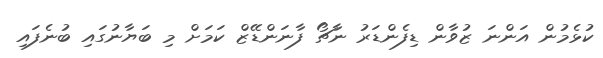
ކުޅެމުން އަންނަ ޒުވާން ޑިފެންޑަރު ނާޗޯ ފާނަންޑޭޒް ކަމަށް މި ބަޔާނުގައި ބުނެފައި